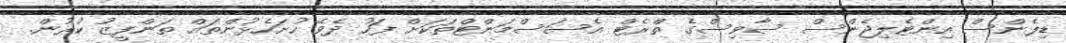
ޑިފެންސް އިންޓެލިޖެންސް ސާވިސްގެ ތްރެޓް އެސަސްމަންޓްތަކަށް ފަހު ދެވޭ ހުށަހެޅުންތައް ތަންފީޒު ކުރުން.